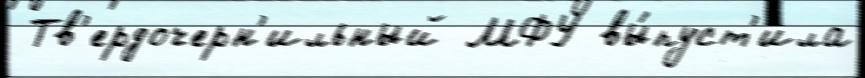
 Тв'ердочерн'ильный МФУ вы́пуст'ила